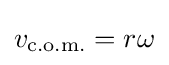
v_{\text{c.o.m.}}=r\omega